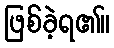
ဖြစ်ခဲ့ရ၏။